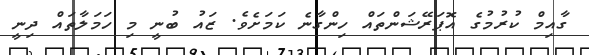
ގާއިމް ކުރުމުގެ އޮޕަރޭޝަންތައް ހިންގާނެ ކަމަށެވެ. ޒައު ބުނީ މި ހަމަލާތައް ދިނީ